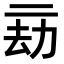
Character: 𠄳